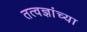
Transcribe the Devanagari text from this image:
तत्वज्ञांच्या